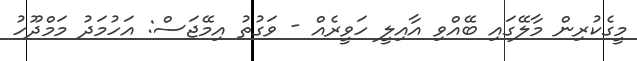
މީގެކުރިން މާލޭގައި ބޭއްވި އާއިލީ ހަވީރެއް - ވަގުތު އިމޭޖަސް: އަހުމަދު މަމްދޫހު